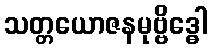
သတ္တယောဇနမုဗ္ဗိဒ္ဓေါ